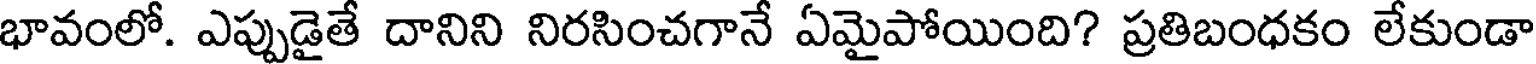
భావంలో. ఎప్పుడైతే దానిని నిరసించగానే ఏమైపోయింది? ప్రతిబంధకం లేకుండా